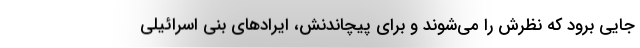
جایی برود که نظرش را می‌شوند و برای پیچاندنش، ایرادهای بنی اسرائیلی